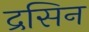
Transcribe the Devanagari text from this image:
द्रसिन